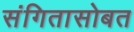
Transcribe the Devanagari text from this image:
संगितासोबत